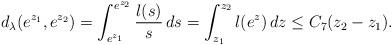
LaTeX: \begin{align*}d_\lambda(e^{z_1},e^{z_2})=\int_{e^{z_1}}^{e^{z_2}}\frac {l(s)}s\,ds=\int_{z_1}^{z_2}l(e^{z})\,dz\le C_7(z_2-z_1). \end{align*}